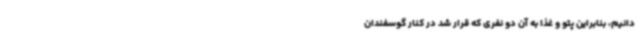
دانیم، بنابراین پتو و غذا به آن دو نفری که قرار شد در کنار گوسفندان